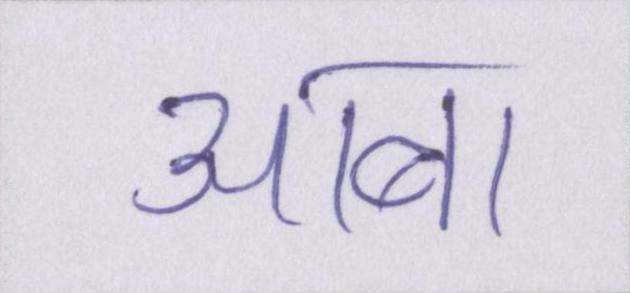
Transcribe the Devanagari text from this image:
आबा